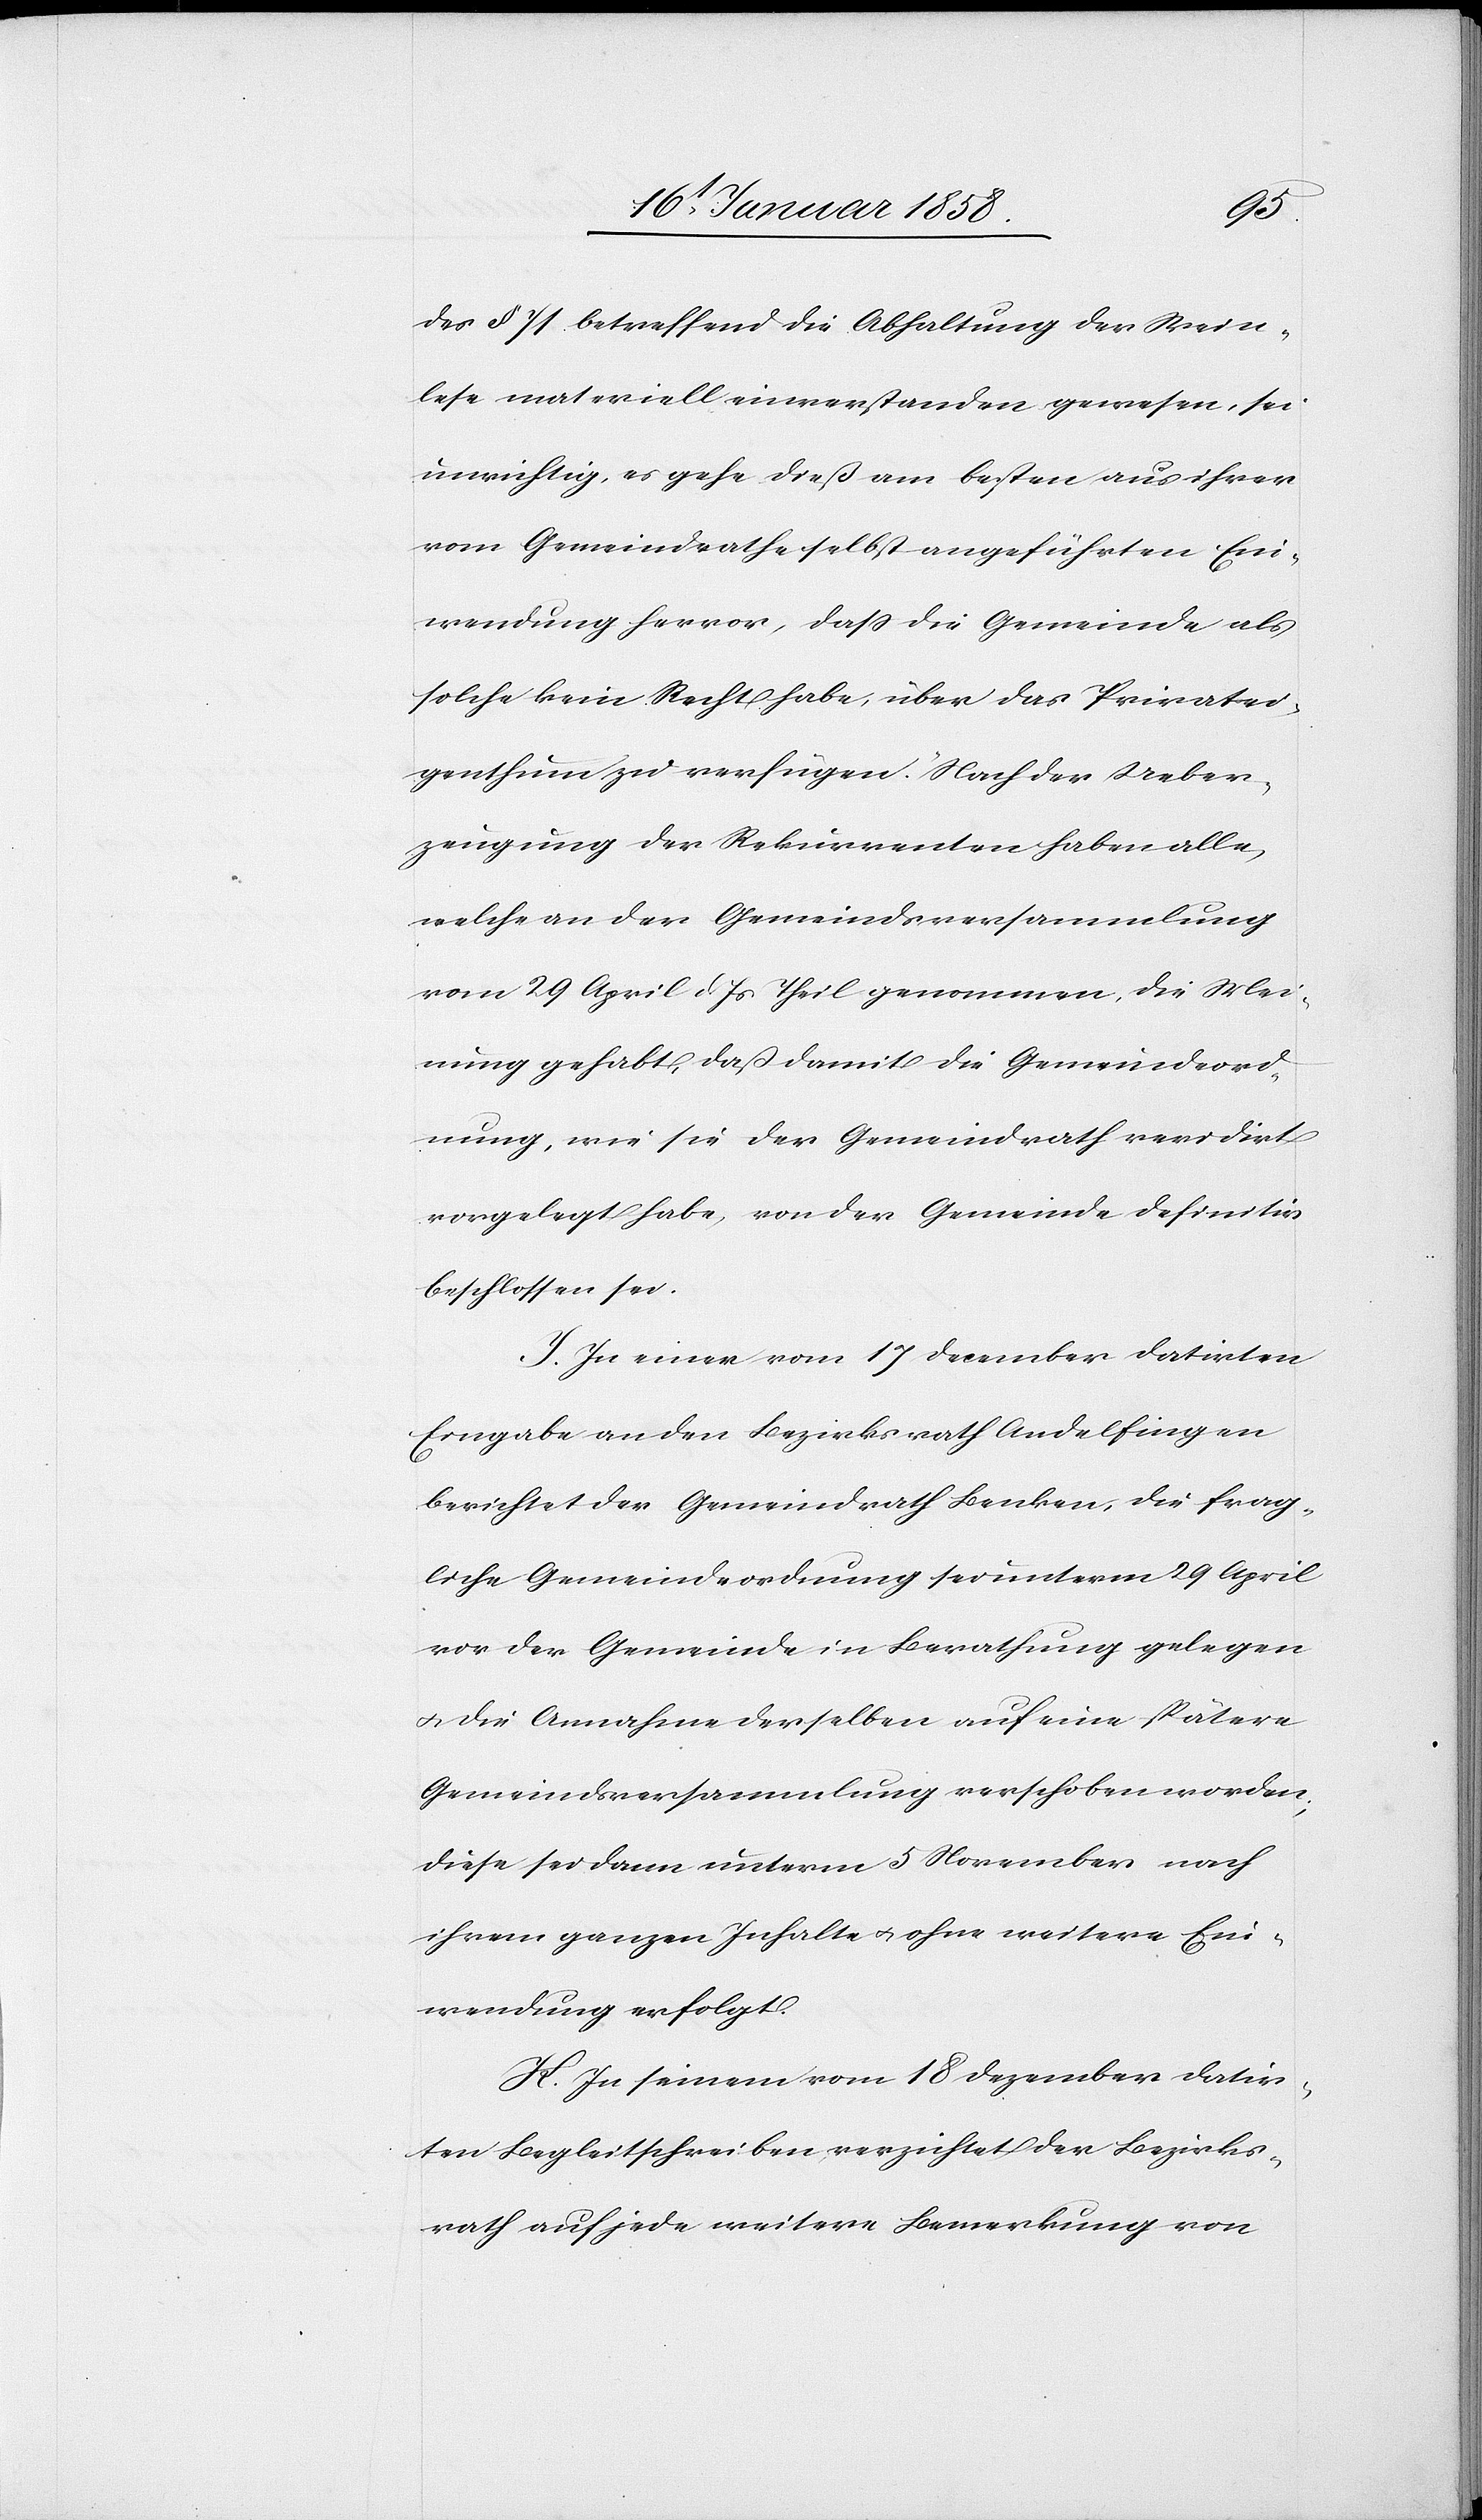
des § 71 betreffend die Abhaltung der Wein¬
lese materiell einverstanden gewesen, sei
unrichtig, es gehe dieß am besten aus ihrer
vom Gemeindrathe selbst angeführten Ein¬
wendung hervor, daß die Gemeinde als
solche kein Recht habe, über das Privatei¬
genthum zu verfügen. Nach der Ueber¬
zeugung der Rekurrenten haben alle,
welche an der Gemeindsversammlung
vom 29 April d. Js Theil genommen, die Mei¬
nung gehabt, daß damit die Gemeindeord¬
nung, wie sie der Gemeindrath revidirt
vorgelegt habe, von der Gemeinde definitiv
beschlossen sei.
J. In einer vom 17 December datirten
Eingabe an den Bezirksrath Andelfingen
berichtet der Gemeindrath Benken, die frag¬
liche Gemeindeordnung sei unterm 29 April
vor der Gemeinde in Berathung gelegen
u. die Annahme derselben auf eine spätere
Gemeindsversammlung verschoben worden;
diese sei dann unterm 5 November nach
ihrem ganzen Inhalte u. ohne weitere Ein¬
wendung erfolgt.
K. In seinem vom 18 Dezember datir¬
ten Begleitschreiben verzichtet der Bezirks¬
rath auf jede weitere Bemerkung von